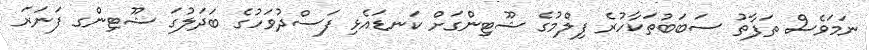
ނަމަވެސް ތަފާތު ސަބަބުތަކާހުރެ ފިލްމުގެ ޝޫޓިންގަށް ކަނޑައެޅި ފަސްދުވަހުގެ ބަދަލުގަ ޝޫޓިންގ ފަނަރަ